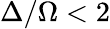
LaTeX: \Delta/\Omega<2